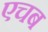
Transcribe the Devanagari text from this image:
एचब